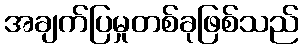
အချက်ပြမှုတစ်ခုဖြစ်သည်